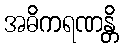
အဓိကရဏန္တိ